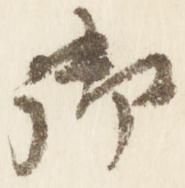
御